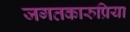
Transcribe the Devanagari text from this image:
जगतकारुप्रिया